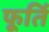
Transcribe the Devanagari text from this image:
फूर्ति